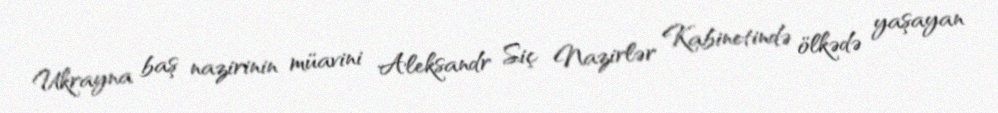
Ukrayna baş nazirinin müavini Aleksandr Siç Nazirlər Kabinetində ölkədə yaşayan